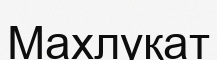
Махлуқат